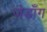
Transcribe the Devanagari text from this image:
जेडाँग